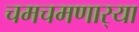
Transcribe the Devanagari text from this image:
चमचमणार्‍या